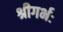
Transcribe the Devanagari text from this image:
श्रीगर्भः